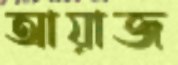
আয়াজ